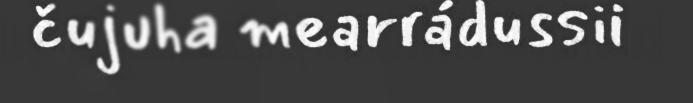
čujuha mearrádussii